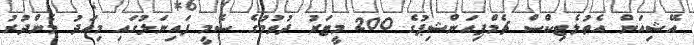
އޭޝިއަން އެތުލެޓިކްސް ޗެމްޕިއަންޝިޕުގެ 200 މީޓަރު ދުވުމުގެ ސެމީ ފައިނަލުގައި މިއަދު މެންދުރު